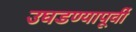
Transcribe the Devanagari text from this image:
उघडण्यापूर्वी